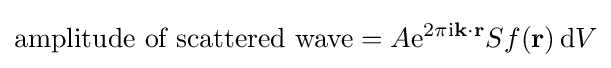
{\text{amplitude of scattered wave}}=A\mathrm {e} ^{2\pi \mathrm {i} \mathbf {k} \cdot \mathbf {r} }Sf(\mathbf {r} )\,\mathrm {d} V